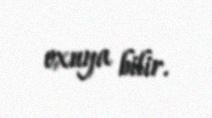
oxuya bilir.